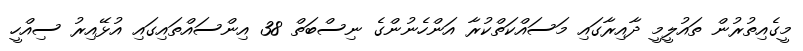
މީގެއިތުރުން ތައުލީމީ ދާއިރާގައި މަސައްކަތްކުރާ އަންހެނުންގެ ނިސްބަތް 38 އިންސައްތައިގައި އުޅޭއިރު ސިއްހީ